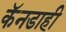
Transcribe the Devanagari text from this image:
कॅनडाही